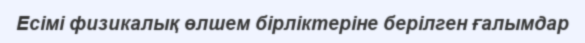
Есімі физикалық өлшем бірліктеріне берілген ғалымдар